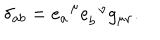
\delta _ { a b } = e _ { a } ^ { \; \; \mu } e _ { b } ^ { \; \; \nu } g _ { \mu \nu } .